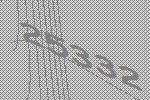
25332